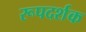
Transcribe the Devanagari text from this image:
रूपदर्शक